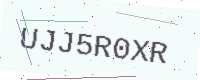
Text: UJJ5R0XR